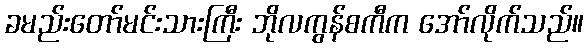
ခမည်းတော်မင်းသားကြီး ဘိုလကွန်စကီက အော်လိုက်သည်။